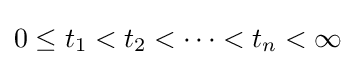
0\leq t_{1}<t_{2}<\cdots <t_{n}<\infty